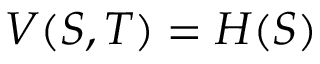
V ( S , T ) = H ( S )